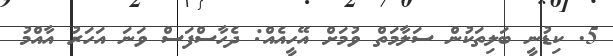
5. ކިޑުނީ ބަލިތަކުން ސަލާމަތް ވުމަށް އޭހީއެއް: ދެހާސްފަސް ވަނަ އަހަރު އާއްމު